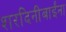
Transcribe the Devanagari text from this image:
शरदिनीबाईंना